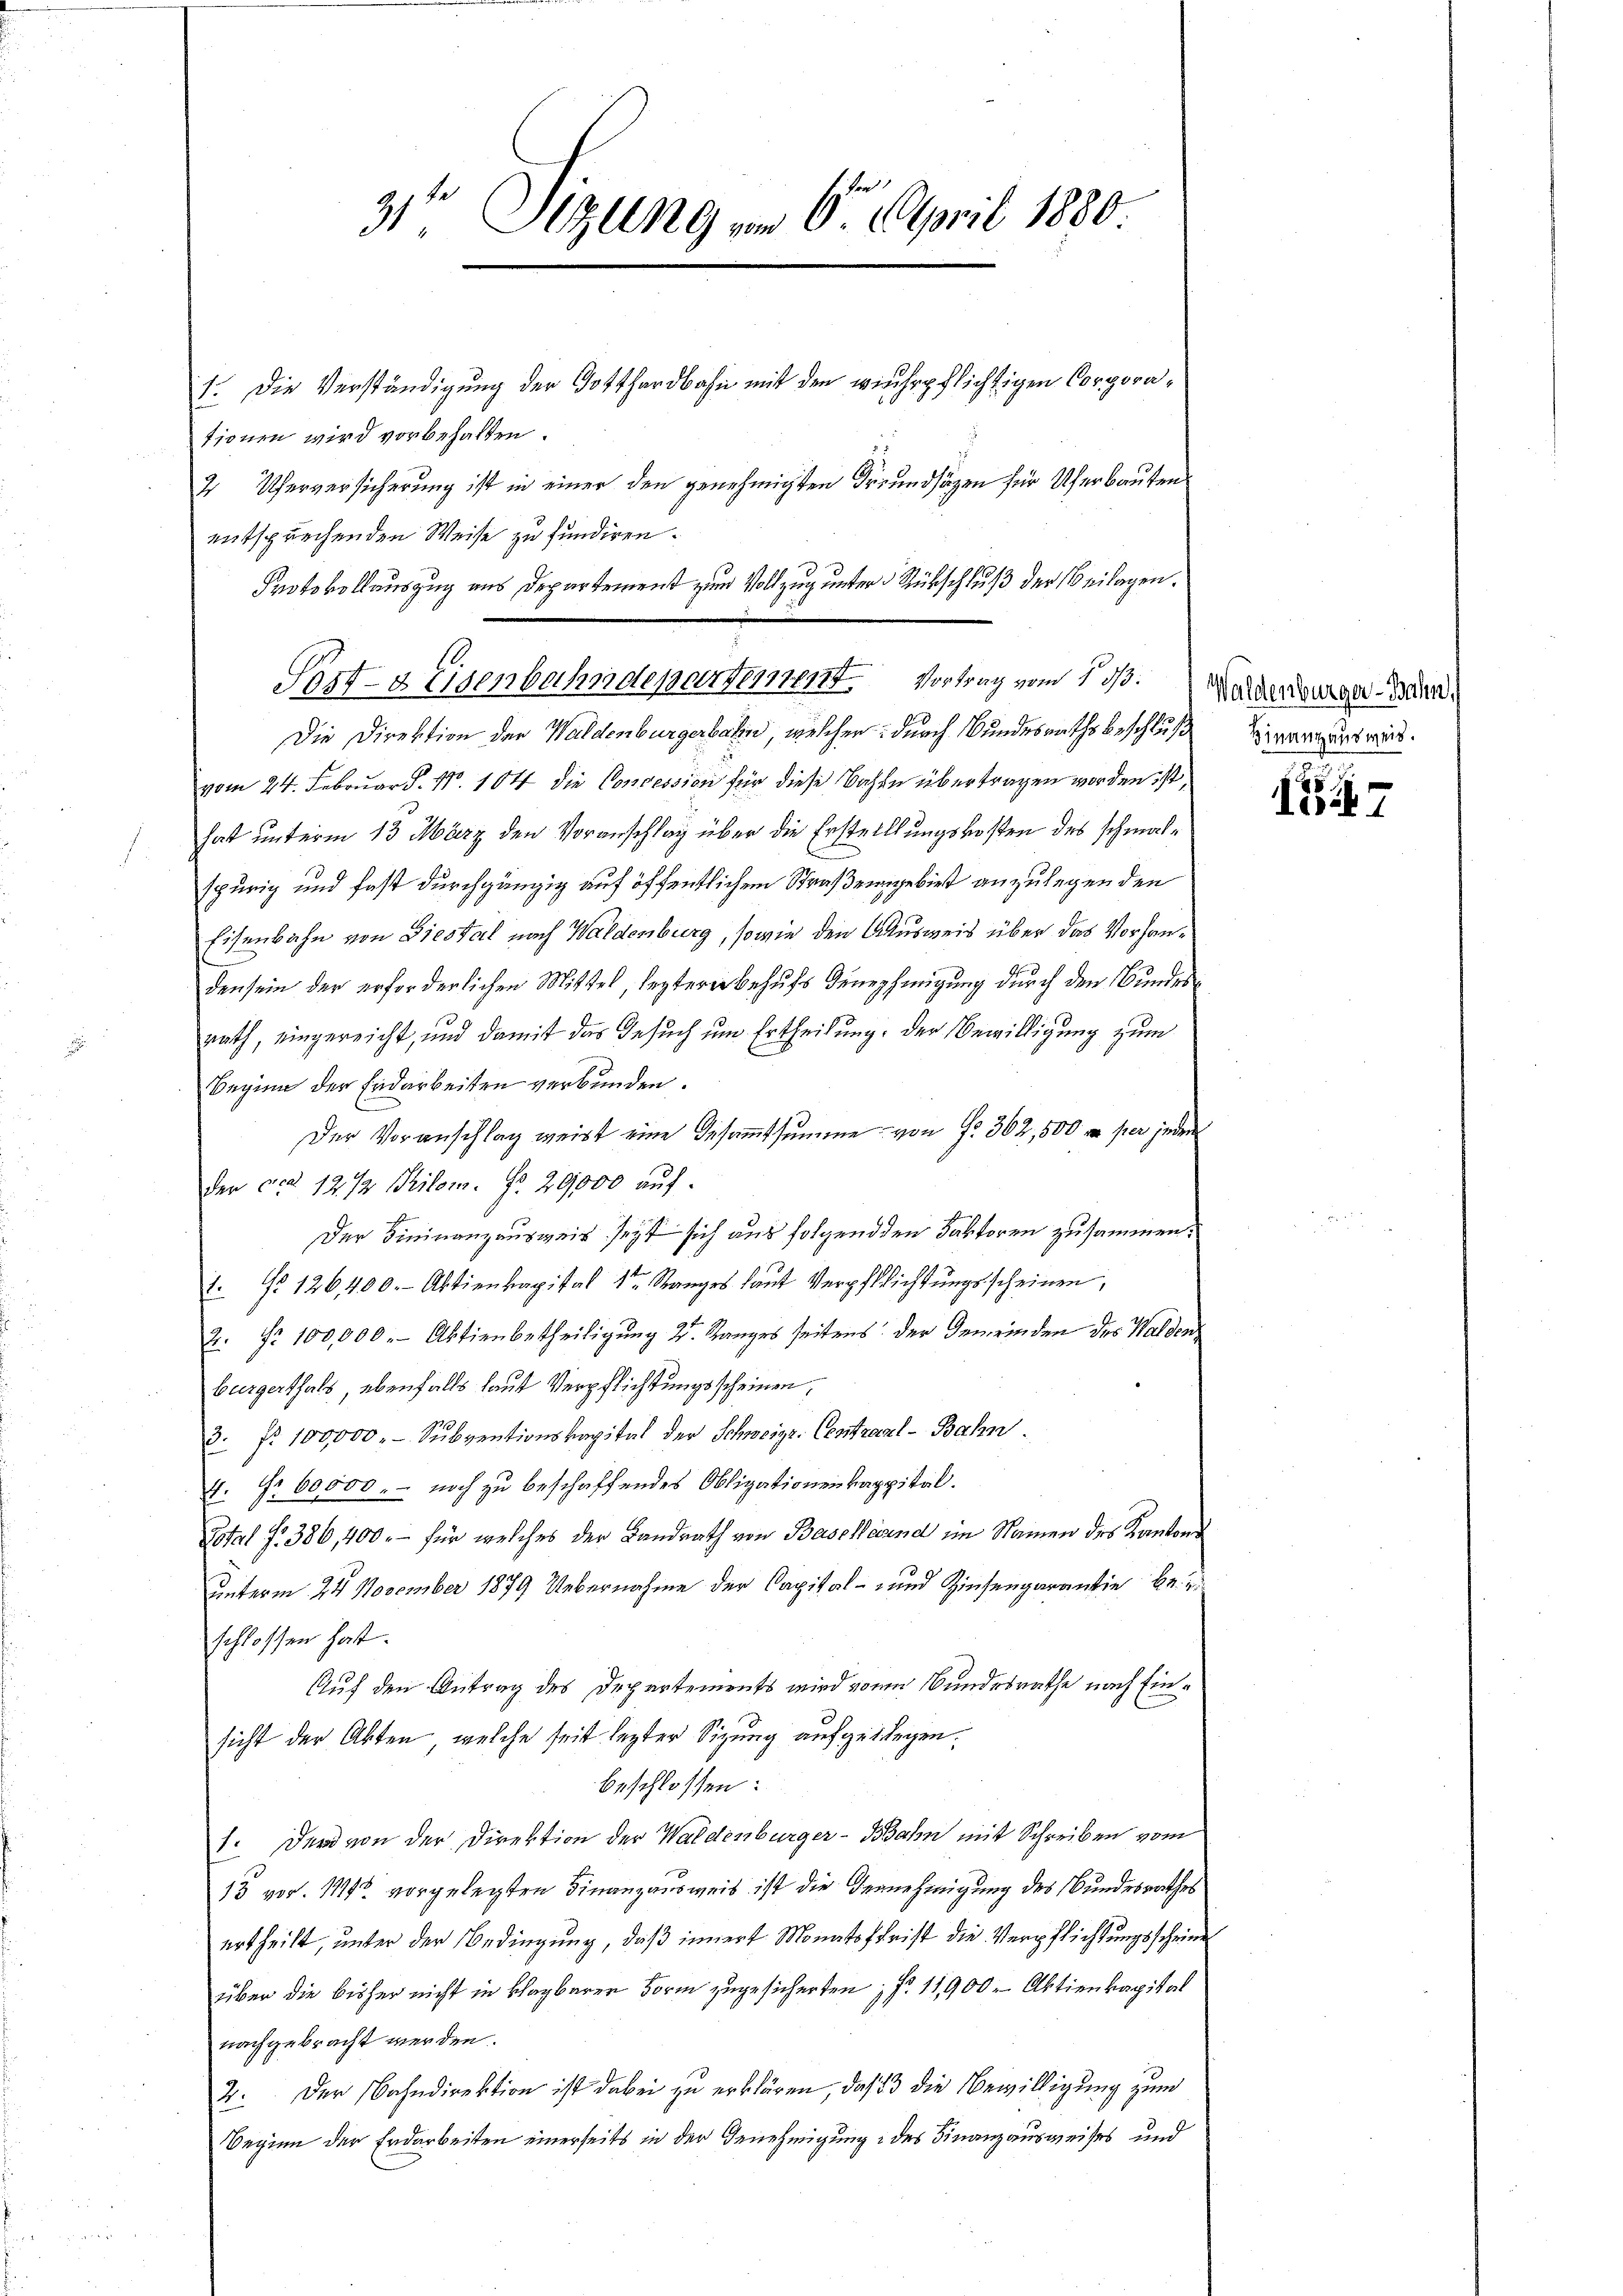
31te Sitzung vom 6. April 1880.
1. Die Verständigung der Gotthardbahn mit den wehrpflichtigen Corpora¬

tionen wird vorbehalten.
2 Uferversicherung ist in einer den genehmigten Freundsäzen für Uferbauten
entsprechenden Weise zu fundiren.
vom 24. Februar P. Nr. 104 die Concession für diese Bahn übertragen worden ist,
hat unterm 13. März den Voranschlag über die Erstellungskosten des schmalspurig und fast durchgängig auf öffentlichen Straßengebiet anzulegenden
Eisenbahn von Giestal nach Waldenburg, sowie den Ausweis über das Vorhanden sein der erforderlichen Mittel, lezterer Behufs Genehmigung durch den Bundesrath, eingereicht, und damit das Gesuch um Ertheilung, der Bewilligung zum
Beginn der Erdarbeiten verbunden.
Der Voranschlag weist eine Gesamtsumme von Fr. 362, 500 x per jeder
Der ca 12 1/2 Pilom. No. 29,000 auf.
Der Fininanzausweis seyt sich aus folgend den Faktoren zusammen.
1. No 126,400 Aktienkapital 1ten Ranges laŭt Verpflichtŭngsscheinen,
2. No 100,000. Aktienbetheiligung 2. Ranges seitens der Gemeinden des Walden
burgerthals, ebenfalls laut Verpflichtungsscheinen,
3. Nr. 100,000.- Subventionskapital der Schweize- Centrarl-Bahn.
4. No 60,000. - noch zu beschaffendes Obligationenkappital.
Total f. 386,400.- für welches der Landrath von Basellarend im Namen des Kantons
Unterm 24. November 1879 Uebernahme der Capital- und Zinsengarantie 2. 2
schlossen hat.
Auf den Antrag des Departements wird von Bundesrathe nach Einsicht der Akten, welche seit lezter Sitzung aufgeklagen.
beschlossen:
1. Der von der Direktion der Waldenburger-Bahn mit Schreiben vom
13 vor. 11195 vorgelegten Finanzausweis ist die Vernehmigung des Bundesrathes
urtheilt, unter der Bedingung, daß innert Monatsfrist die Verpflichtungsscheine
über die bisher nicht in klagbarer Form zugesicherten; f. 11900 Aktienkapital
nachgebracht werden.
4. Der Bahndirektion ist dabei zu erklären, daß 3 die Bewilligung zum
Beginn der Erdarbeiten einerseits in der Genehmigung des Finanzausweises und

Protokollauszug aus Departement zum Vollzug unter Rückschluß der Beilagen.
Sezt- & Eisenbahndepartement. Vortrag vom 13. Waldenburg Mun
Die Direktion der Waldenburgerbahn, welcher durch Bundesrathsbeschluß

Finanzausweis.

1247